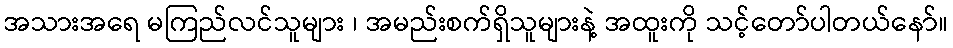
အသားအရေ မကြည်လင်သူများ ၊ အမည်းစက်ရှိသူများနဲ့ အထူးကို သင့်တော်ပါတယ်နော်။